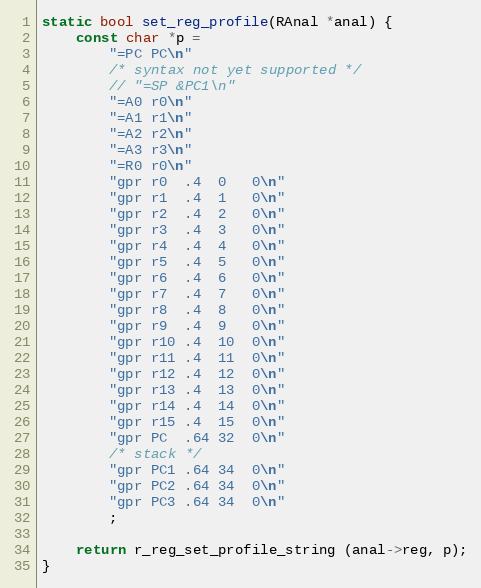
Language: C
static bool set_reg_profile(RAnal *anal) {
	const char *p =
		"=PC	PC\n"
		/* syntax not yet supported */
		// "=SP	&PC1\n"
		"=A0	r0\n"
		"=A1	r1\n"
		"=A2	r2\n"
		"=A3	r3\n"
		"=R0	r0\n"
		"gpr	r0	.4	0	0\n"
		"gpr	r1	.4	1	0\n"
		"gpr	r2	.4	2	0\n"
		"gpr	r3	.4	3	0\n"
		"gpr	r4	.4	4	0\n"
		"gpr	r5	.4	5	0\n"
		"gpr	r6	.4	6	0\n"
		"gpr	r7	.4	7	0\n"
		"gpr	r8	.4	8	0\n"
		"gpr	r9	.4	9	0\n"
		"gpr	r10	.4	10	0\n"
		"gpr	r11	.4	11	0\n"
		"gpr	r12	.4	12	0\n"
		"gpr	r13	.4	13	0\n"
		"gpr	r14	.4	14	0\n"
		"gpr	r15	.4	15	0\n"
		"gpr	PC	.64	32	0\n"
		/* stack */
		"gpr	PC1	.64	34	0\n"
		"gpr	PC2	.64	34	0\n"
		"gpr	PC3	.64	34	0\n"
		;

	return r_reg_set_profile_string (anal->reg, p);
}